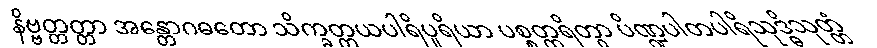
နိဗ္ဗတ္တတ္တာ အန္တောဂဓတော သိက္ခတ္တယပါရိပူရိယာ ပစ္စတ္ထရိတွာ ပိဏ္ဍပါတပါရိသုဒ္ဓိသုတ္တံ